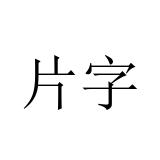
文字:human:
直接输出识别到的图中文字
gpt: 片字